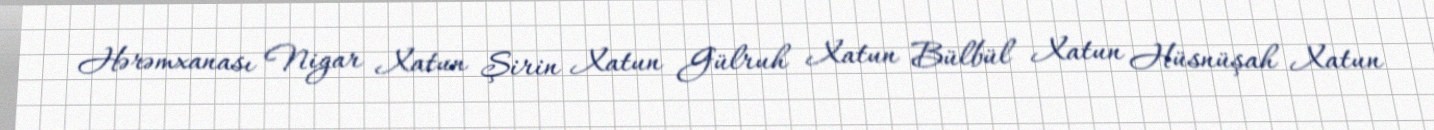
Hərəmxanası Nigar Xatun Şirin Xatun Gülruh Xatun Bülbül Xatun Hüsnüşah Xatun